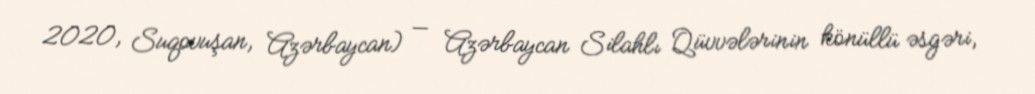
2020, Suqovuşan, Azərbaycan) — Azərbaycan Silahlı Qüvvələrinin könüllü əsgəri,